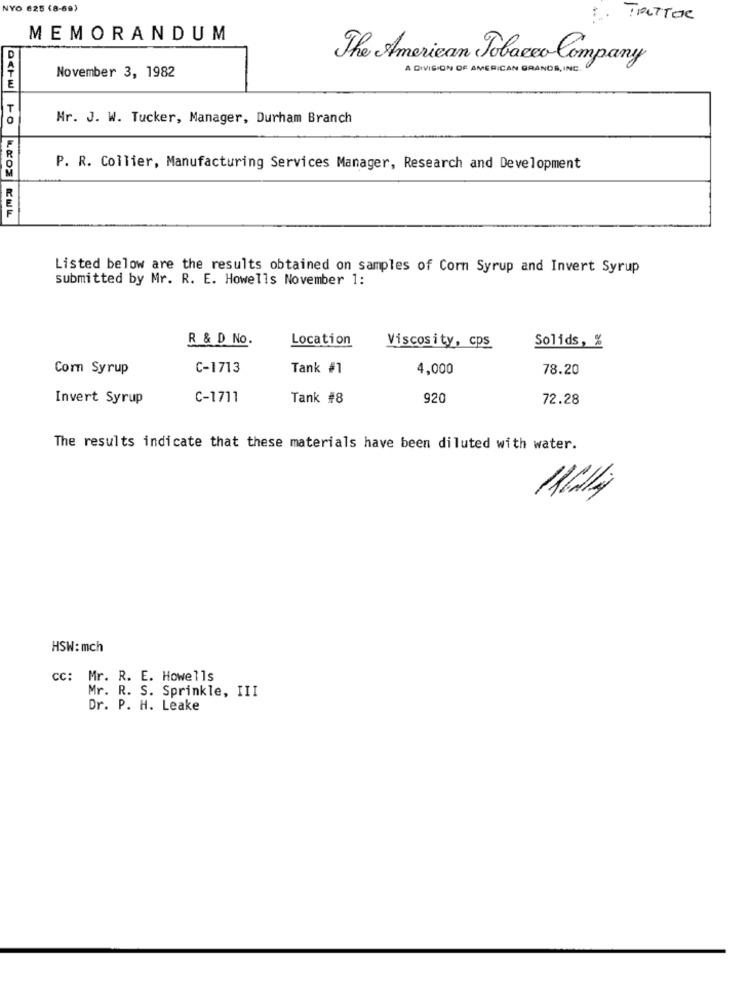
NYO 625 (8-69)
TOUTTOR
MEMORANDUM
The American Tobacco Company
November 3, 1982
ADIVISION OF AMERICAN GRANDS, INC.
Mr. J. W. Tucker, Manager, Durham Branch
P. R. Collier, Manufacturing Services Manager, Research and Development
Listed below are the results obtained on samples of Corn Syrup and Invert Syrup
submitted by Mr. R. E. Howells November 1:
R & D No.
Location
Viscosity, cps
Solids, %
Corn Syrup
C-1713
Tank #1
4,000
78.20
Invert Syrup
C-1711
Tank #8
920
72.28
The results indicate that these materials have been diluted with water.
HSW: mch
CC: Mr. R. E. Howells
Mr. R. S. Sprinkle, III
Dr. P. H. Leake